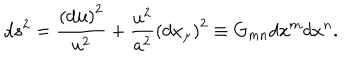
LaTeX: d s ^ { 2 } = \frac { \left( d { \bf u } \right) ^ { 2 } } { u ^ { 2 } } + \frac { u ^ { 2 } } { a ^ { 2 } } \left( d x _ { \mu } \right) ^ { 2 } \equiv G _ { m n } d x ^ { m } d x ^ { n } .